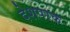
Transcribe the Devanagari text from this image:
देशपरक